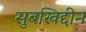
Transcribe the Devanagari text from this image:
सुबखिद्दीन